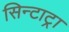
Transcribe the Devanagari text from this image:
सिन्टाट्रा